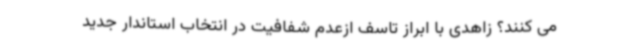
می کنند؟ زاهدی با ابراز تاسف ازعدم شفافیت در انتخاب استاندار جدید